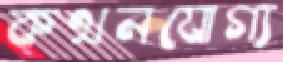
কথনযোগ্য